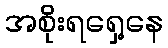
အစိုးရရှေ့နေ